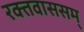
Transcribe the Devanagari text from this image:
रक्तवाससम्